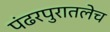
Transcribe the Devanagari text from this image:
पंढरपुरातलेच